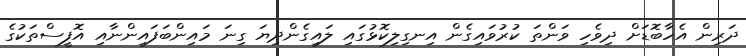
ދަރިން އެހާބޮޑަށް ދިވެހި ވަންތަ ކުރުވައިގެން އިނގިލިކޮޅުގައި ލައިގެންދިޔަ ގިނަ މައިންބަފައިންނާއި އޮފީސްތަކުގެ